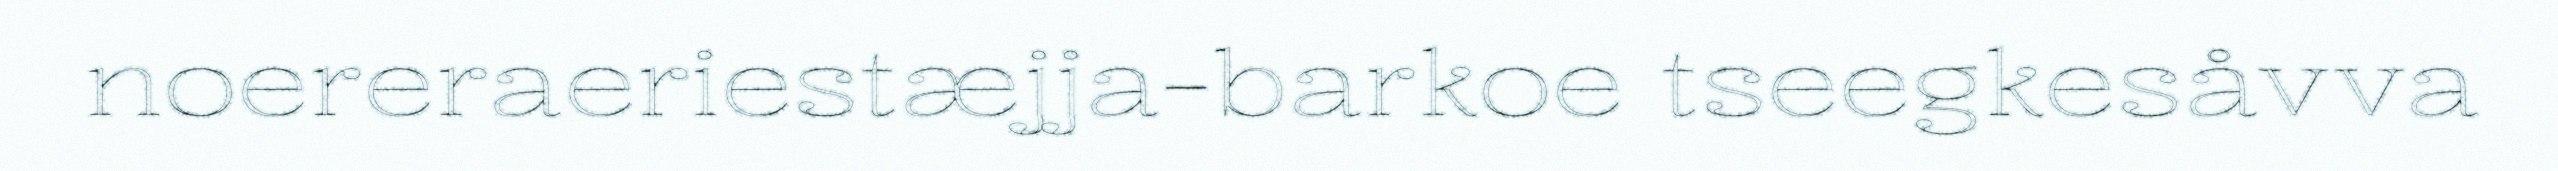
noereraeriestæjja-barkoe tseegkesåvva